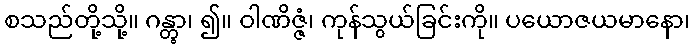
စသည်တို့သို့။ ဂန္တွာ၊ ၍။ ဝါဏိဇ္ဇံ၊ ကုန်သွယ်ခြင်းကို။ ပယောဇယမာနော၊